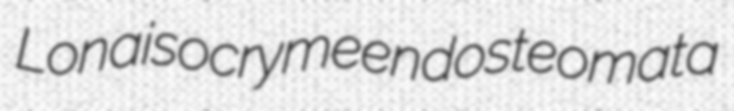
Lona isocryme endosteomata